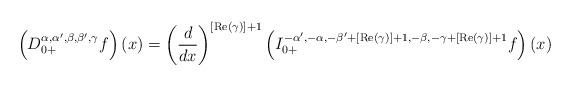
LaTeX: \begin{align*}\left(D_{0+}^{\alpha,\alpha',\beta,\beta',\gamma}f\right)(x)=\left(\frac{d}{dx}\right)^{[\operatorname{Re}(\gamma)]+1}\left(I_{0+}^{-\alpha',-\alpha,-\beta'+[\operatorname{Re}(\gamma)]+1,-\beta,-\gamma+[\operatorname{Re}(\gamma)]+1}f\right)(x)\end{align*}